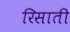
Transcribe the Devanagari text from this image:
रिसाती